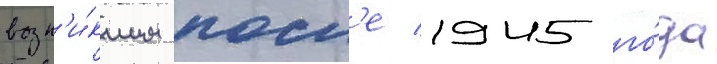
возн'и́кшим посл'е 1945 го́да